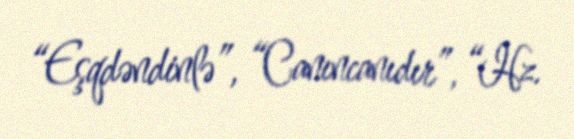
“Eşqdəndinlə”, “Canıncanıdır”, “Hz.